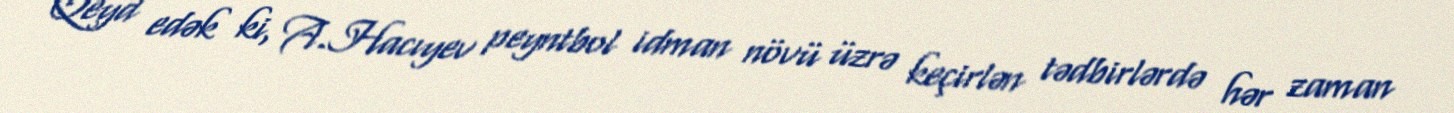
Qeyd edək ki, A.Hacıyev peyntbol idman növü üzrə keçirlən tədbirlərdə hər zaman